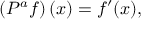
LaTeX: \left( P ^ { a } f \right) ( x ) = f ^ { \prime } ( x ) ,